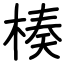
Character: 楱